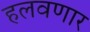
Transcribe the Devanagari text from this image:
हलवणार